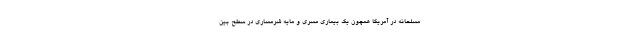
مسلحانه در آمریکا همچون یک بیماری مسری و مایه شرمساری در سطح بین‌